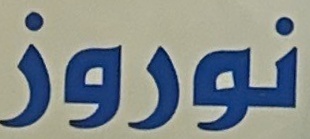
نوروز